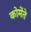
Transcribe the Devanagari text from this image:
कोमेंते